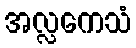
အလ္လကေသံ